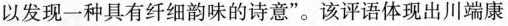
以发现一种具有纤细韵味的诗意”。该评语体现出川端康